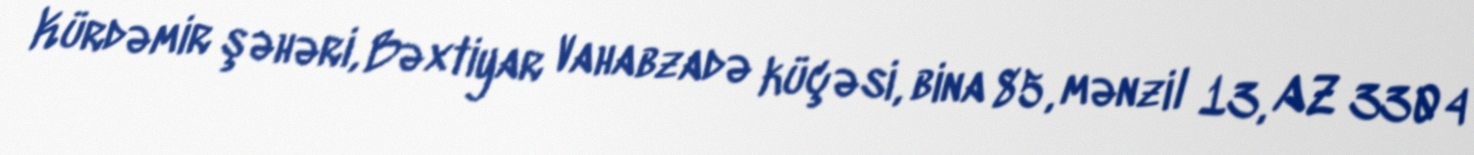
Kürdəmir şəhəri, Bəxtiyar Vahabzadə küçəsi, bina 85, mənzil 13, AZ 3304